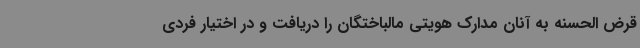
قرض الحسنه به آنان مدارک هویتی مالباختگان را دریافت و در اختیار فردی